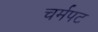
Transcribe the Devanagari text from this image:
चर्मपट